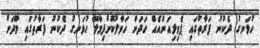
ހުޅަނގު ދެކުނު ފަރާތުގައި ޕެވިލިއަންއެއް ހަދަން ހަވާލުކޮށްފިމާލޭ ހުޅަނގު ދެކުނު ފަރާތުގައި މޫދަށް